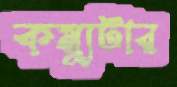
কম্যুটার